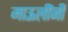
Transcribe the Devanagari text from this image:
माऊलींनी